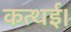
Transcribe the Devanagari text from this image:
कत्थई।